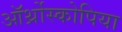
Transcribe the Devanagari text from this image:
ऑर्थ्रोस्कोपिया